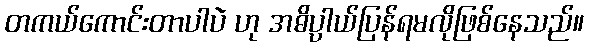
တကယ်ကောင်းတာပါပဲ ဟု အဓိပ္ပါယ်ပြန်ရမလိုဖြစ်နေသည်။